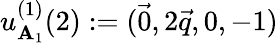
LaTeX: u_{\mathbf{A}_{1}}^{(1)}(2):=(\vec{{0}},2\vec{{q}},0,-1)